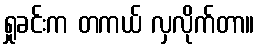
ရှုခင်းက တကယ် လှလိုက်တာ။